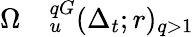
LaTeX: \begin{array}{rl}{\Omega}&{{}_u^{qG}(\Delta_{t};r)_{q>1}}\end{array}